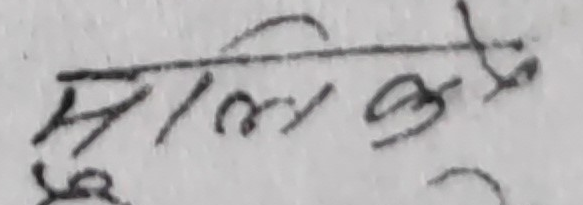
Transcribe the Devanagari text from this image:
सलिमे